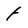
Character: f